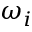
\omega _ { i }